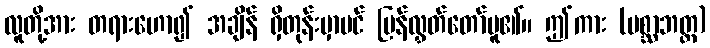
လူတို့အား တရားဟော၍ အချိန် ရှိတုန်းမှာပင် ပြန်လွှတ်တော်မူ၏။ ဤကား (ပစ္ဆာဘတ္တ)